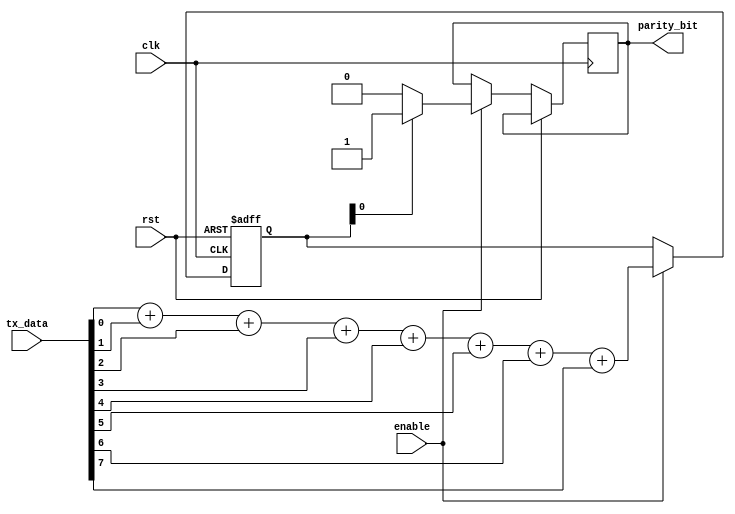
//Modulo que nos da como resultado el bit de paridad par
module parity #(parameter LENGTH = 8) (
	input clk, rst, enable,
	input [LENGTH-1:0] tx_data,
	output reg parity_bit
    );

reg [3:0] ones = 3'b0;

always @(posedge clk, posedge rst)
begin
	if (rst)
		ones <= 0;
	else
		if (enable)
			begin
			//Cuenta cuantos unos tenemos en la trama de datos
					ones <= tx_data[0] + tx_data[1] + tx_data[2] + tx_data[3] + tx_data[4] + tx_data[5] + tx_data[6] + tx_data[7];
					//La salida nos dice si la cantidad de unos es par o impar (impar = 1 y par = 0)
					parity_bit <= ones[0] ? 1'b1 : 1'b0;
			end
		else
			ones <= ones;
end

endmodule